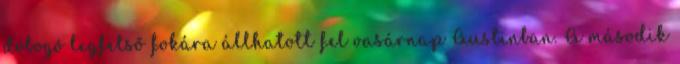
dobogó legfelső fokára állhatott fel vasárnap Austinban. A második